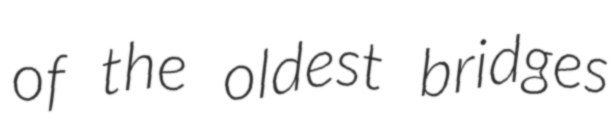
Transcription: of the oldest bridges